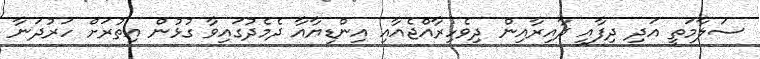
ސަލާމަތީ އަދި ދިފާއީ ދާއިރާއިން ދިވެހިރާއްޖެއާއި އިންޑިޔާއާ ދެމެދުގައިވާ ގުޅުން އިތުރަށް ހަރުދަނާ